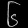
Digit: ၆